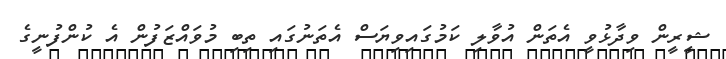
ޝީރީން ވިދާޅުވީ އެތަން އުވާލި ކަމުގައިވިޔަސް އެތަނުގައި ތިބި މުވައްޒަފުން އެ ކުންފުނީގެ